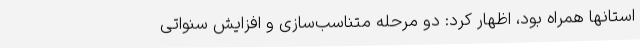
استانها همراه بود، اظهار کرد: دو مرحله متناسب‌سازی و افزایش سنواتی